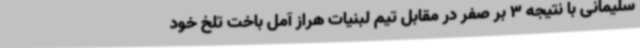
سلیمانی با نتیجه 3 بر صفر در مقابل تیم لبنیات هراز آمل باخت تلخ خود